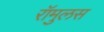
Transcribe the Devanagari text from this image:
रॉमुलस